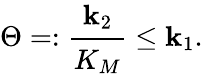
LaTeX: \Theta=:\cfrac{\mathbf{k}_{2}}{K_{M}}\leq\mathbf{k}_{1}.